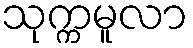
သုက္ကမူလာ